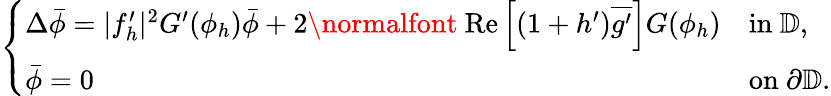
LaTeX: \begin{array}{r}{\left\{ \begin{array}{ll}{\Delta\bar{\phi}=|f_{h}^{\prime}|^{2}G^{\prime}(\phi_{h})\bar{\phi}+2\mathrm{\normalfont~Re}\left[(1+h^{\prime})\overline{{g^{\prime}}}\right]G(\phi_{h})}&{\mathrm{in~}\mathbb{D},}\\ {\bar{\phi}=0}&{\mathrm{on~}\partial\mathbb{D}.}\end{array}\right.}\end{array}